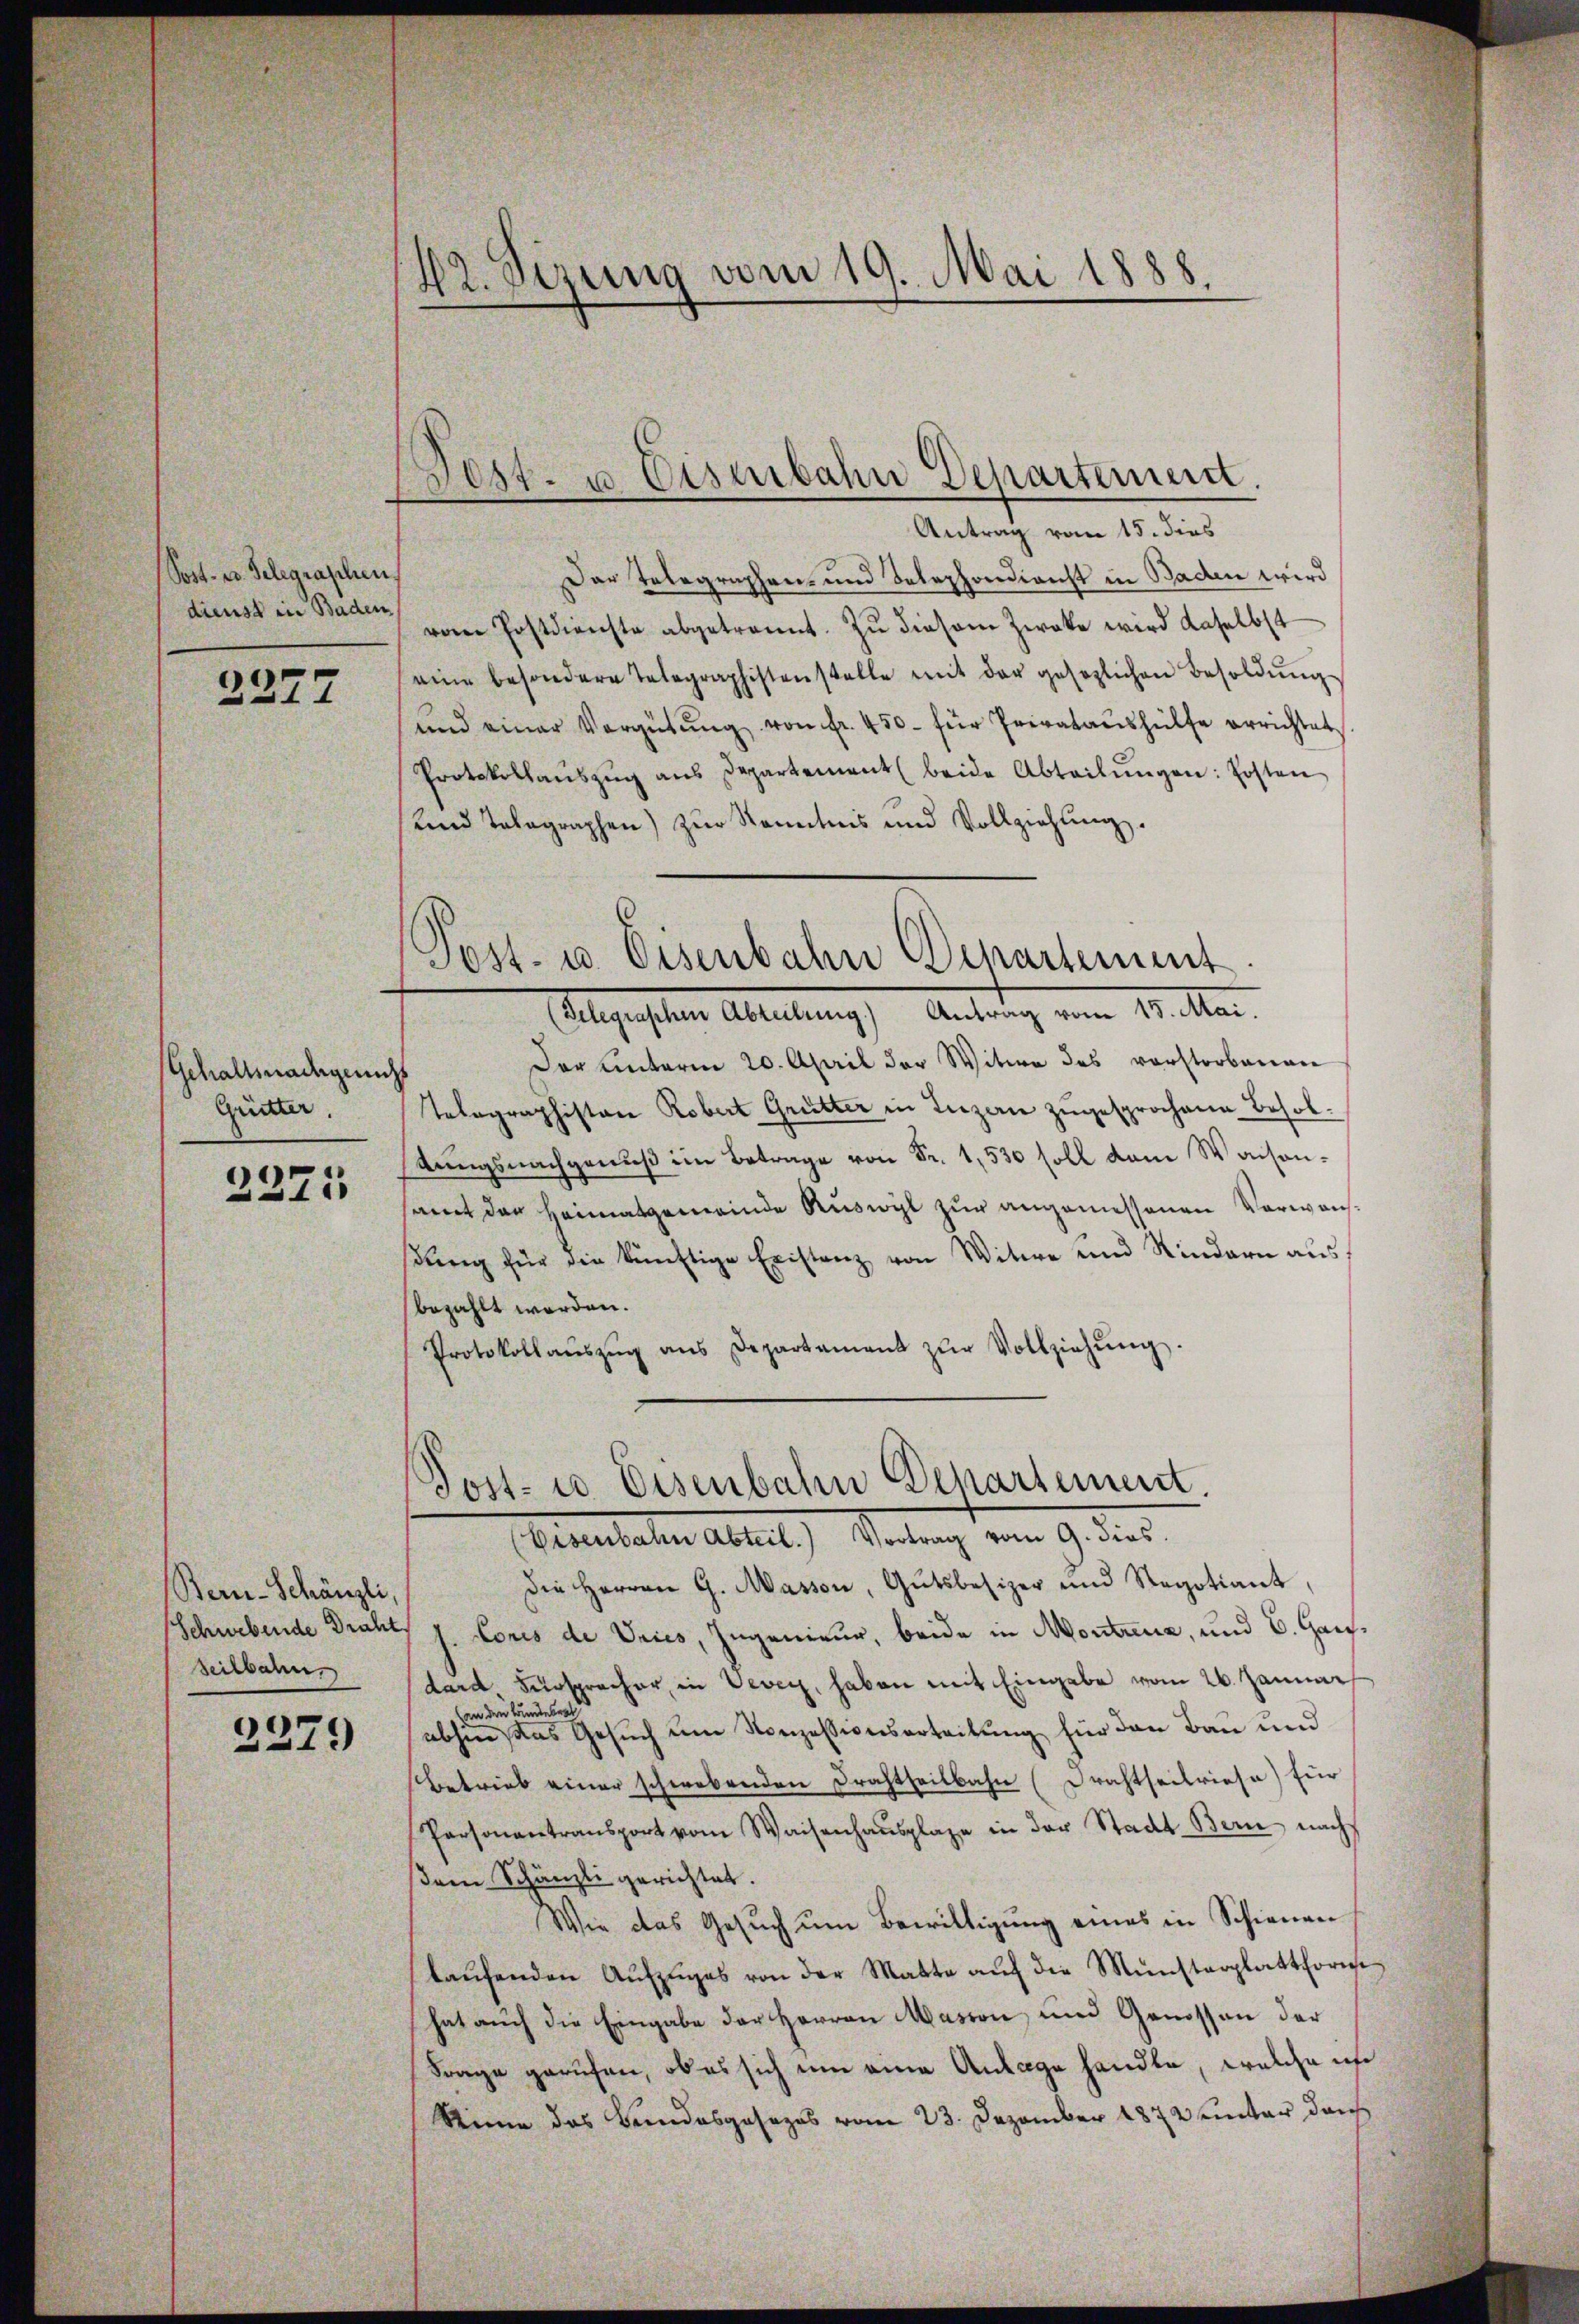
(Post- u. Telegraschen
dienst in Baden

2277

Gehaltsadeglich
Gritter.

2371

Stern-Schänzli,
Zeitbahn.

2279

22. Sizung vom 19. Mai 1888.
—

Fest- u Eisenbahn Departement.

Antrag vom 15. dies
Der Telegraphen- und Telephondienst in Baden wird
vom Postdirechte abgetrennt. Zŭ diesem Zwecke wird daselbst
eine besondere Telegraphistenstelle mit der gesezlichen Besoldŭng
und einer Vergütŭng von fr. 450. für Privataŭshülfe errichtet
Protokollaŭszŭg aŭs Departement beide Abteilŭngen: Posten
und Tabagraphen) zur Kenntnis und Vollziehung.
Post- u. Eisenbahn Departement
Flegenschen Abteilung) Antrag vom 14. Mar.
Der unterm 20. April der Witwe des verstorbenen
Telegraphiston Robert Grütter in Luzern zugesprochene Besoltungsnachgenuß im Betrage von Fr. 1,530 soll dem Waisensamt der Heimatgemeinde Ruswyl zur angemessenen Verwahβŭng für die künftige Existenz von Witwe und Rindern aus
bezahlt werden.
Protokollaŭszŭg ans Departament zŭr Vollziehŭng.

Post- u Eisenbahn Departement.
(Eisenbahn Abteil. Vortrag vom 9. dies

Die Herren G. Masson, Gutsbesizer und Regotiant,
Schwebende Drahts J. Loris de Vries, Ingenieur, beide in Montreuz, und 6. Hansdard Fürspracher, in Vevey, haben mit Eingabe vom 26. Januar
an den Bundesrat
abhin das Gesuch um Konzessionsarteilung für den Bau und
Betrieb einer schwebenden Drahtheilbahn (Drahtseitriesa) für
Personantransport vom Waisenhausplage in der Stadt Bern nachs
sem Schänzli gerichtet.
Wie das Gesuch um Bewilligung eines in Schienen
laŭfenden Aŭfzŭges von der Matte aŭf die Münsterplattforme
hat auch die Eingabe der Herren Masson, und Genossen der
Frage gerufen, ob es sich um eine Anlage handle, welche ich
Stime des Bundesgesezes vom 23. Dezember 1872 unter durch